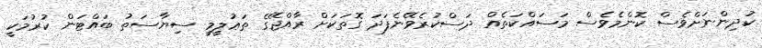
ކުދިންނަށްވެސް ކޮންމެވެސް މަސައްކަތެއް ދަސްކުރެވޭނެފަދަ ގޮތަކަށް ރާއްޖޭގެ ތަޢުލީމީ ސިޔާސަތު ބައްޓަން ކުރުމަކީ